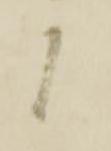
候